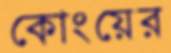
কোংয়ের